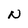
Character: N